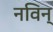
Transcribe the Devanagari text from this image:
नविन्